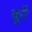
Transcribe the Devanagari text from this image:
कूरै